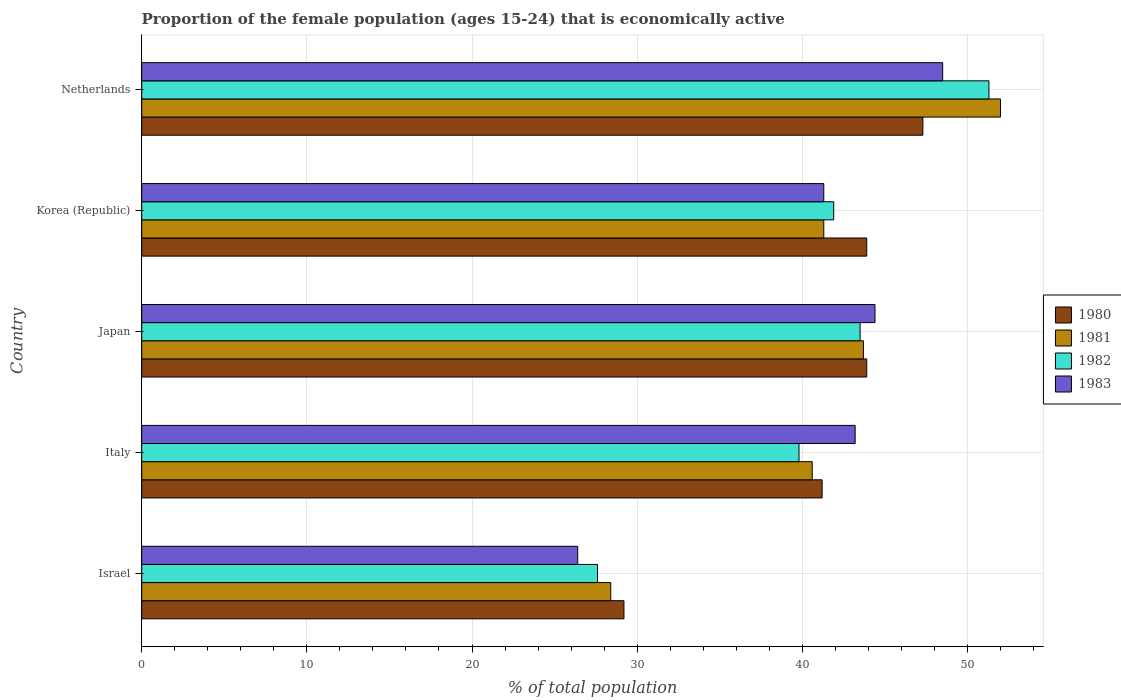
| Country | 1980 | 1981 | 1982 | 1983 |
 | --- | --- | --- | --- | --- |
 | Israel | 29.2 | 28.4 | 27.6 | 26.4 |
 | Italy | 41.2 | 40.6 | 39.8 | 43.2 |
 | Japan | 43.9 | 43.7 | 43.5 | 44.4 |
 | Korea (Republic) | 43.9 | 41.3 | 41.9 | 41.3 |
 | Netherlands | 47.3 | 52 | 51.3 | 48.5 |